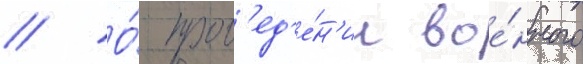
// О́ пров'ед'е́н'ии вое́нного